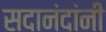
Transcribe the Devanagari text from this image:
सदानंदांनी